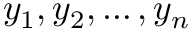
y _ { 1 } , y _ { 2 } , \ldots , y _ { n }